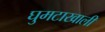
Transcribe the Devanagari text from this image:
घुमटाखाली